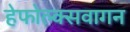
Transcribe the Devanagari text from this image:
हेफोल्क्सवागन